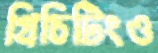
গ্রিচিটিংও